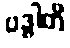
ဗဒ္ဓါတိ